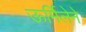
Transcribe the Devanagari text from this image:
ऊर्मिलेने